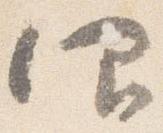
仰